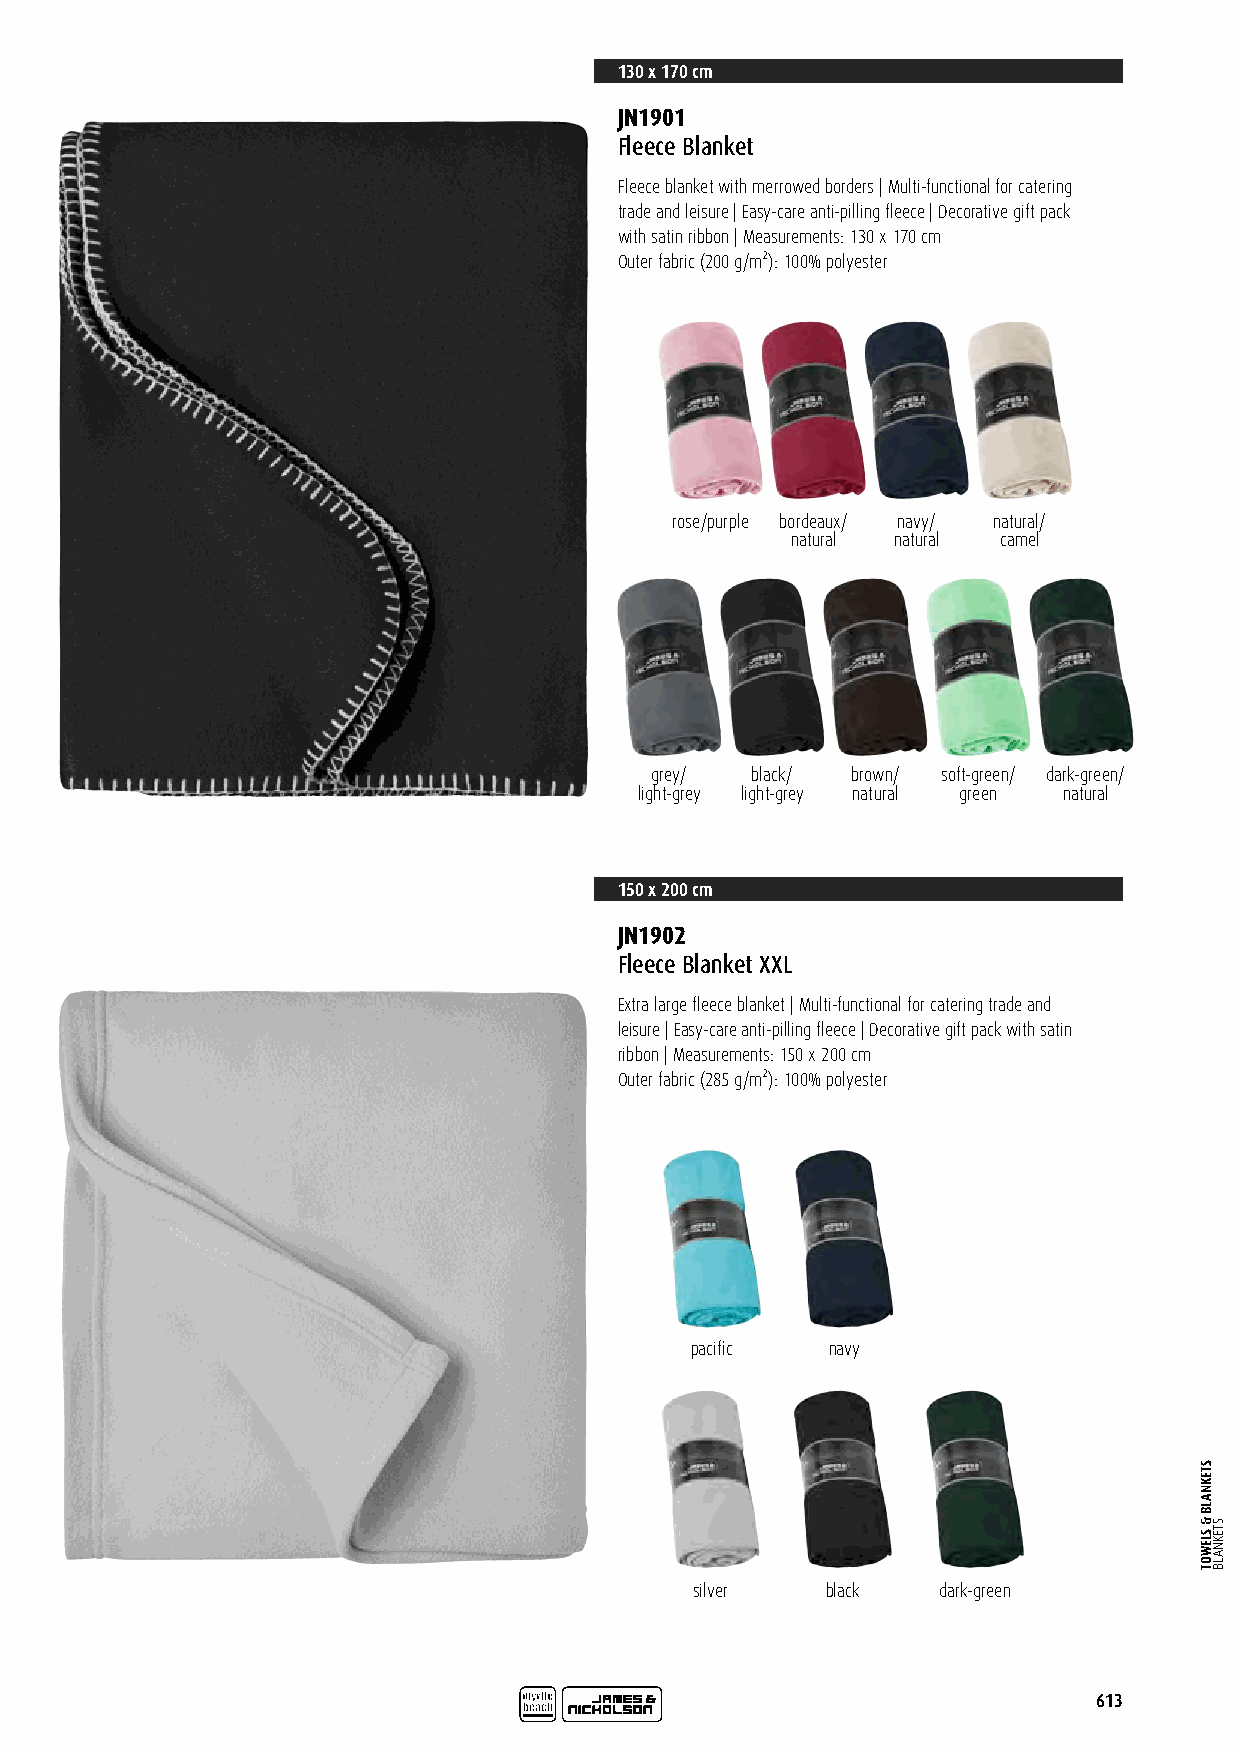
130 x 170 cm
 JN1901
 Fleece Blanket
 Fleece blanket with merrowed borders | Multi-functional for catering
 trade and leisure | Easy-care anti-pilling fleece | Decorative gift pack
 with satin ribbon | Measurements: 130 x 170 cm
 Outer fabric (200 g/m²): 100% polyester
 rose/purple bordeaux/ navy/ natural/
 natural natural camel
 grey/  black/ brown/ soft-green/ dark-green/
 light-grey light-grey natural green natural
 150 x 200 cm
 JN1902
 Fleece Blanket XXL
 Extra large fleece blanket | Multi-functional for catering trade and
 leisure | Easy-care anti-pilling fleece | Decorative gift pack with satin
 ribbon | Measurements: 150 x 200 cm
 Outer fabric (285 g/m²): 100% polyester
 pacific  navy
 silver   black  dark-green
 613
 STEKNALB
 &
 SLEWOT
 STEKNALB